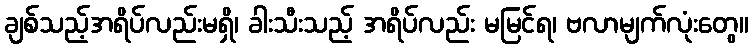
ချစ်သည့်အရိပ်လည်းမရှိ၊ ခါးသီးသည့် အရိပ်လည်း မမြင်ရ၊ ဗလာမျက်လုံးတွေ။